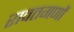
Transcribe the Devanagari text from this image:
रावतगणों